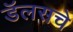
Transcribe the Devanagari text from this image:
डॅलसचे